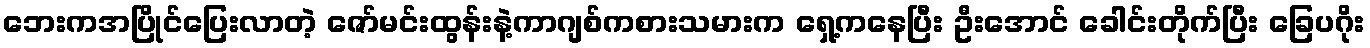
ဘေးကအပြိုင်ပြေးလာတဲ့ ဇော်မင်းထွန်းနဲ့ကာဂျစ်ကစားသမားက ရှေ့ကနေပြီး ဦးအောင် ခေါင်းတိုက်ပြီး ခြေပဂိုး